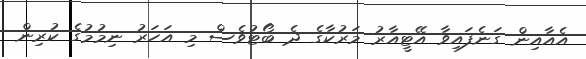
އެއާއިން ގަނެފައިވާ އޭޓީއާރު މަރުކާގެ ދެ ބޯޓުވެސް މި އަހަރު ނިމުމުގެ ކުރިން